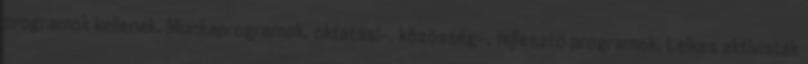
programok kellenek. Munkaprogramok, oktatási-, közösség-, fejlesztő programok. Lelkes aktivisták